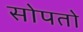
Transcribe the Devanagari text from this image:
सोपतो